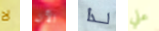
لا الآن لذا علي